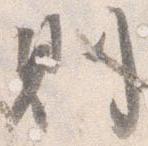
則